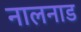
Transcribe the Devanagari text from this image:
नालनाड